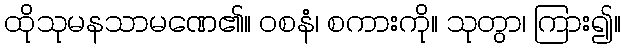
ထိုသုမနသာမဏေ၏။ ဝစနံ၊ စကားကို။ သုတွာ၊ ကြား၍။